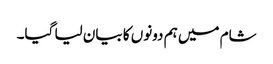
شام میں ہم دونوں کا بیان لیا گیا۔